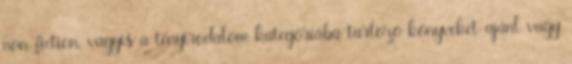
non-fiction, vagyis a tényirodalom kategóriába tartozó könyveket ajánl vagy